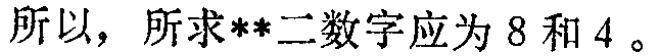
所以，所求**二数字应为 8 和 4 。